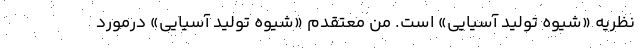
نظریه «شیوه تولید آسیایی» است. من معتقدم «شیوه تولید آسیایی» درمورد